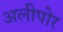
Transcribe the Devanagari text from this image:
अलीपोर